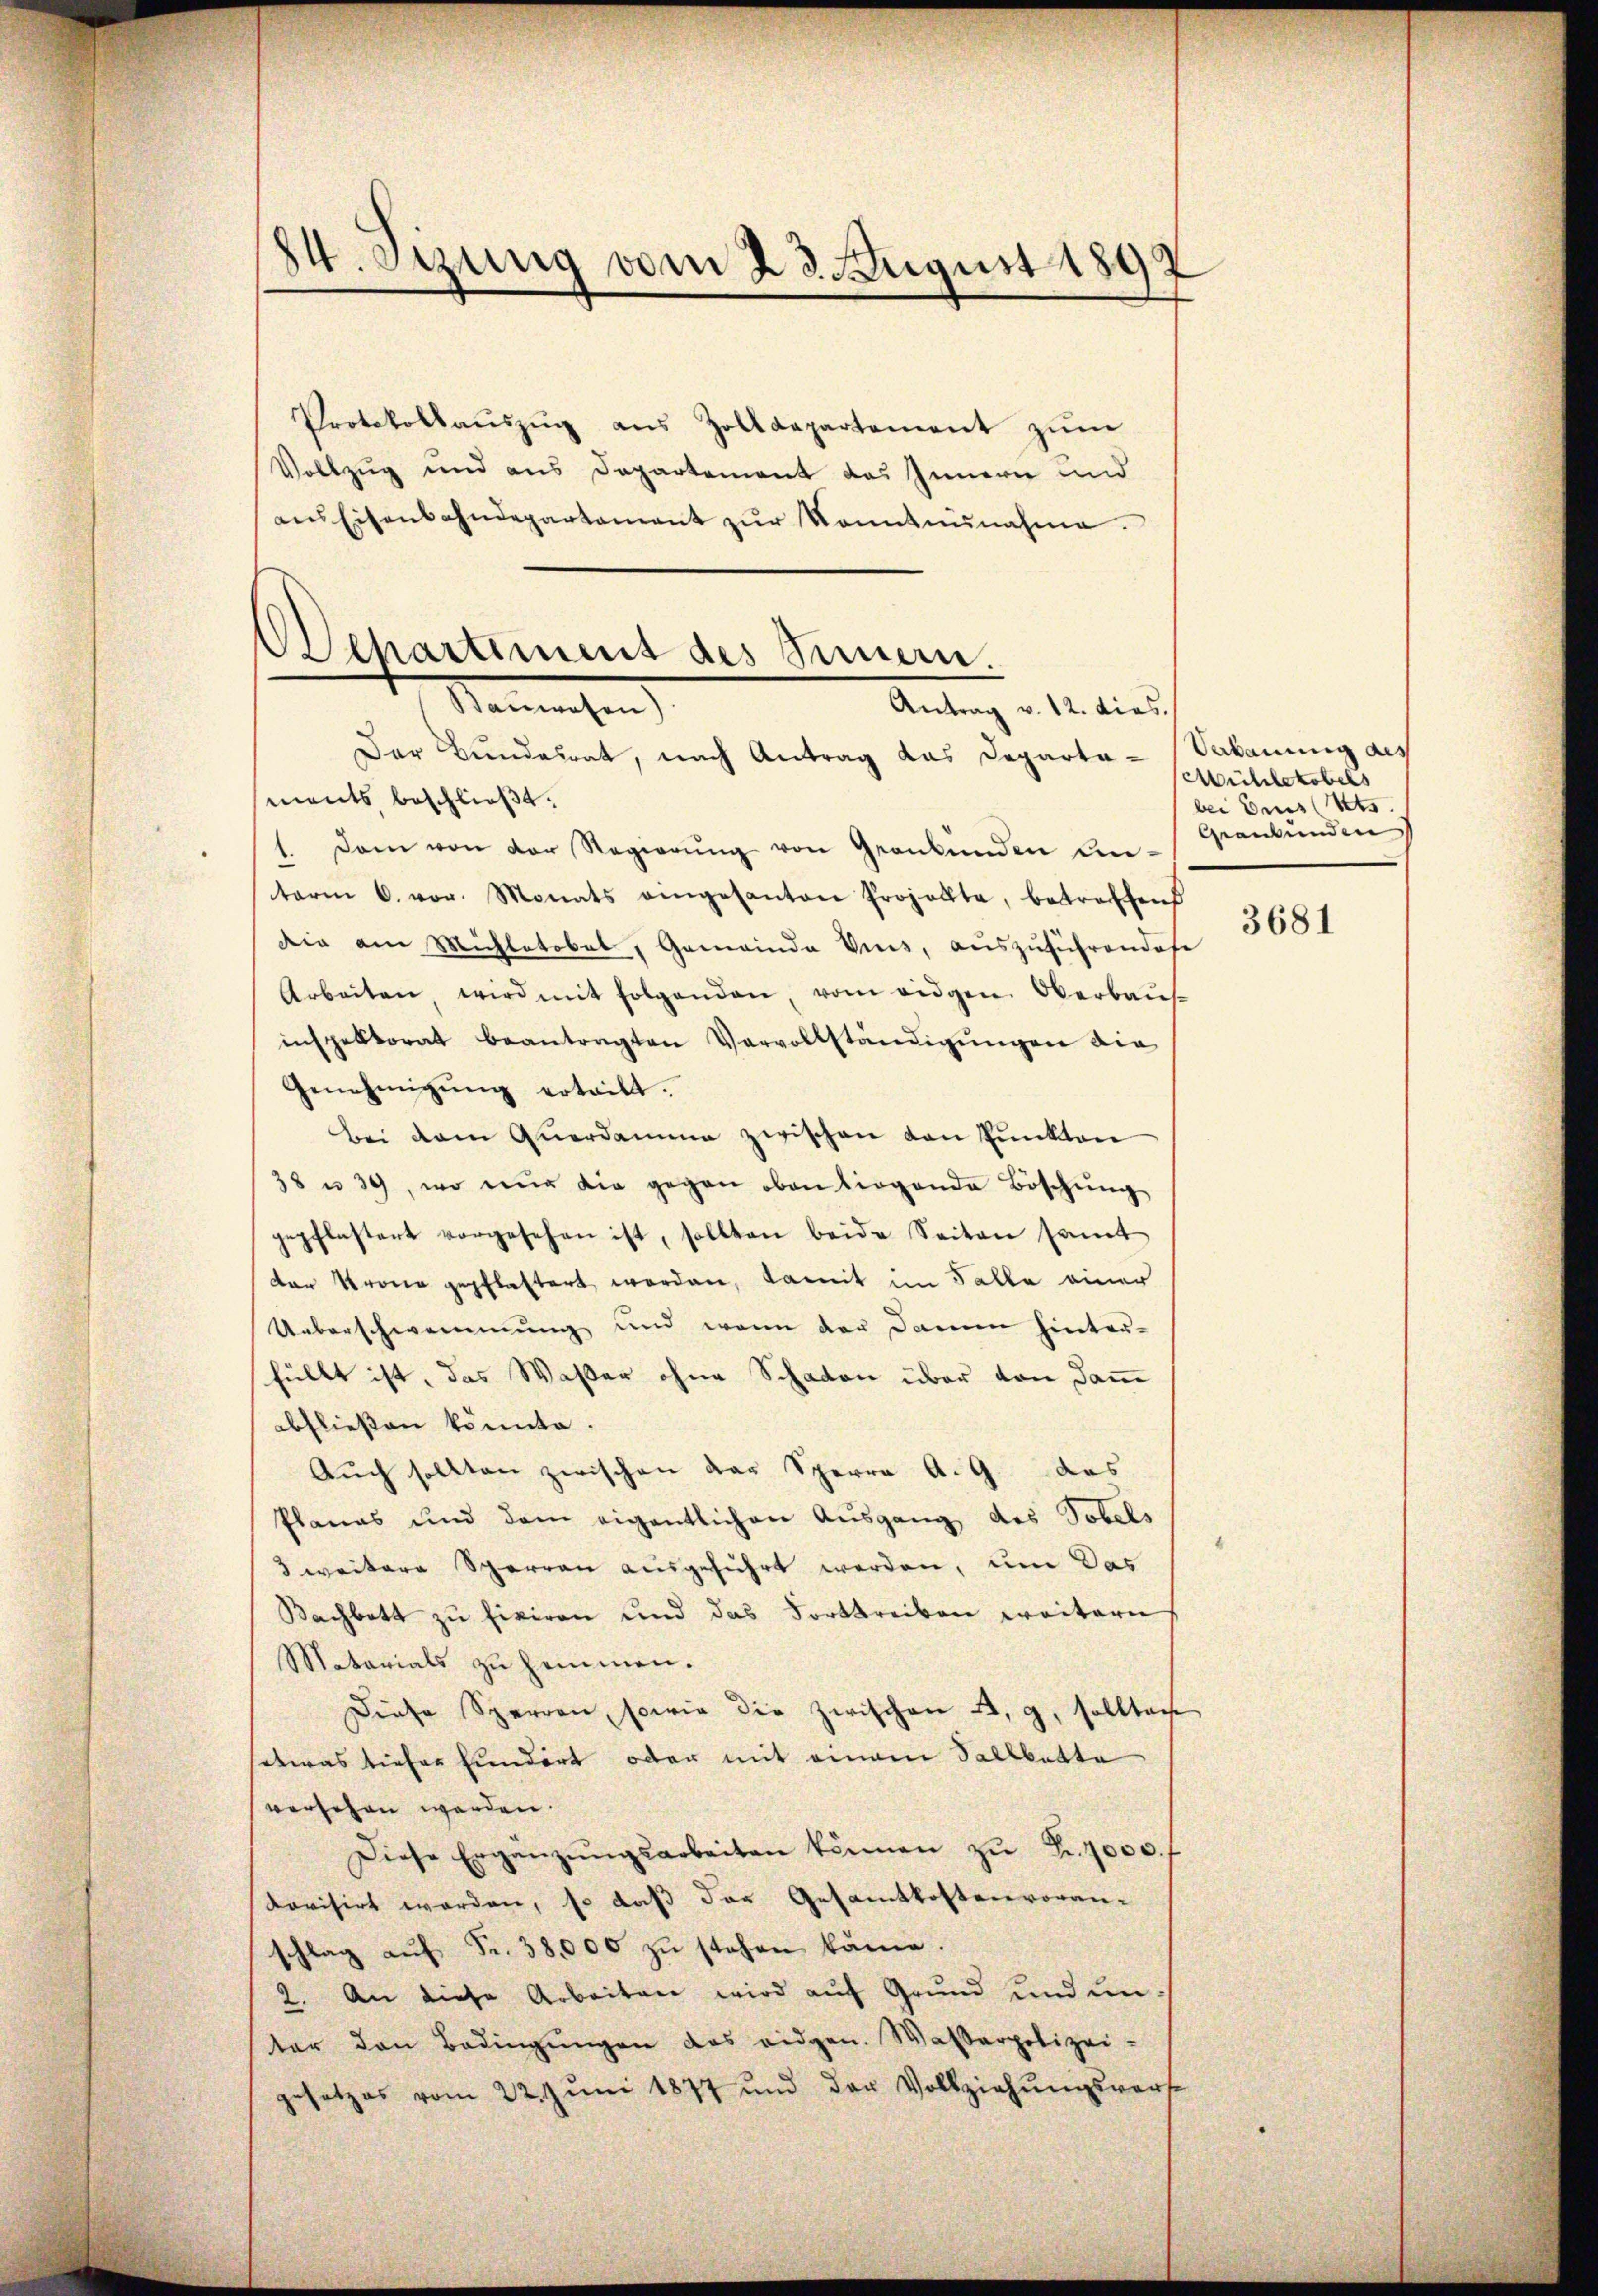
24. Sizung vom 23. August 1897

Protokollaŭszŭg aŭs Zolldepartement zŭm
Vollzug und aus Departement das Innern und
ans Eisenbahndepartament zŭr Sonntennahme.
Der Bunderrat, nach Antrag das Departa-Sakanung des
ments beschließt:
dam von der Regierŭng von Graubünden un-
term 6. vor. Monats eingesanten Projollte, betreffend
die am Michletobel, Gemeinde Vins, aŭszŭführendase
Arbeiten, wird mit folgenden, vom eidgen Oberbaŭs-
inspektorat beantragten Vervollständigŭngen die
Genehmigŭng erteilt.
bei dem Querdamme zwischen von Punkten
38 u. 39, wo nur die gegen oben liegende Böschŭng
jepflastert vorgesehen ist, sollten beide Seiten samt
der Krone gepflastert werden, damit im Falle einer
Ueberschwemmung und wenn der Damm hinter-
füllt ist, das Wasser ohne Schaden über von dam
abfließen könnte.
Auch sollten zwischen der Sperre A. G. das
Planes und dem eigentlichen Ausgang des Tobels
3 weitere Sperren ausgeführt werden, um das
Bachbett zu fixiren und das Forttreiben weitern
Matarials zu hemmen.
Diese Sperren, sowie die zwischen a. g. sollten
setwas dieser hundert oder mit einem Sallbette
versehen werden.
Diese Ergänzŭngsarbeiten können zŭ Fr. 1000./
dovisirt worden, so daß des Gesamtkostenvoran-
schlag aŭf Fr. 38,000 zŭ stehen könne.
2. An diese Arbeiten wird aŭf Grund und unter den Bedingŭngen das eidgen. Wasserpolizei.
gesetzes vom 22. Jŭni 1877 und der Vollziehŭngsvert

Departement des Simmern.
Stammenesen
Antrag v. 12. dies

Mühlekobels
bei Enns Kts
Graubünden

3681